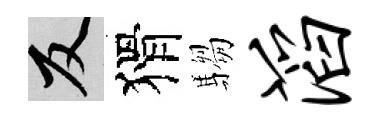
反猾騶滔